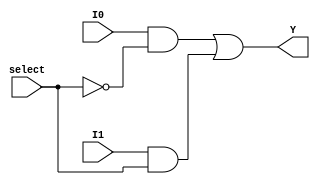
module MUX2_to_1(
output Y,
input I0,
input I1,
input select
    );
    wire select1;
    wire Y1,Y2;
    not NOT1(select1,select);
    and AND1(Y1,I0,select1);
    and AND2(Y2,I1,select);
    or OR1(Y,Y1,Y2);
endmodule